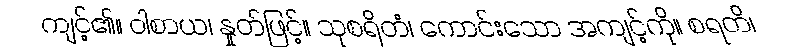
ကျင့်၏။ ဝါစာယ၊ နှုတ်ဖြင့်။ သုစရိတံ၊ ကောင်းသော အကျင့်ကို။ စရတိ၊